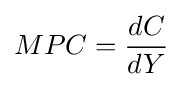
MPC={\frac {dC}{dY}}